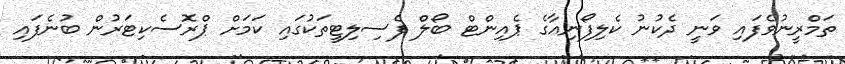
ތަމްރީނުވެފައި ވަނީ ދެކުނު ކެލިފޯނިއާގެ ޕެއިންޓް ބޯލް ފެސިލިޓީތަކުގައި ކަމަށް ޕްރޮސެކިޓަރުން ބުނެފައި